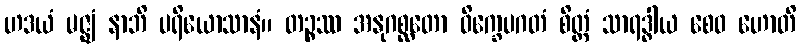
ဟဒယံ မဇ္ဈံ နာဘိ ပရိယောသာနံ။ တဉ္စဿ အနုဂစ္ဆတော ဝိက္ခေပဂတံ စိတ္တံ သာရဒ္ဓါယ စေဝ ဟောတိ